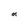
Character: M